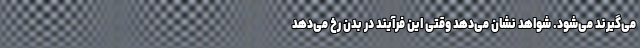
می‌گیرند می‌شود. شواهد نشان می‌دهد وقتی این فرآیند در بدن رخ می‌دهد